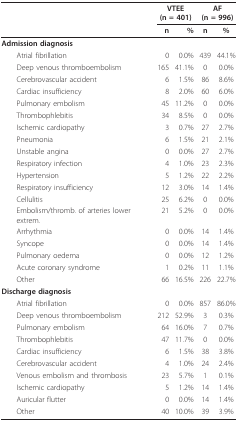
|  | <COLSPAN=2> VTEE (n = 401) | <COLSPAN=2> AF (n = 996) |
 |  | n | % | n | % |
 | --- | --- | --- | --- | --- |
 | Admission diagnosis |  |  |  |  |
 | Atrial fibrillation | 0 | 0.0% | 439 | 44.1% |
 | Deep venous thromboembolism | 165 | 41.1% | 0 | 0.0% |
 | Cerebrovascular accident | 6 | 1.5% | 86 | 8.6% |
 | Cardiac insufficiency | 8 | 2.0% | 60 | 6.0% |
 | Pulmonary embolism | 45 | 11.2% | 0 | 0.0% |
 | Thrombophlebitis | 34 | 8.5% | 0 | 0.0% |
 | Ischemic cardiopathy | 3 | 0.7% | 27 | 2.7% |
 | Pneumonia | 6 | 1.5% | 21 | 2.1% |
 | Unstable angina | 0 | 0.0% | 27 | 2.7% |
 | Respiratory infection | 4 | 1.0% | 23 | 2.3% |
 | Hypertension | 5 | 1.2% | 22 | 2.2% |
 | Respiratory insufficiency | 12 | 3.0% | 14 | 1.4% |
 | Cellulitis | 25 | 6.2% | 0 | 0.0% |
 | Embolism/thromb. of arteries lower extrem. | 21 | 5.2% | 0 | 0.0% |
 | Arrhythmia | 0 | 0.0% | 14 | 1.4% |
 | Syncope | 0 | 0.0% | 14 | 1.4% |
 | Pulmonary oedema | 0 | 0.0% | 12 | 1.2% |
 | Acute coronary syndrome | 1 | 0.2% | 11 | 1.1% |
 | Other | 66 | 16.5% | 226 | 22.7% |
 | Discharge diagnosis |  |  |  |  |
 | Atrial fibrillation | 0 | 0.0% | 857 | 86.0% |
 | Deep venous thromboembolism | 212 | 52.9% | 3 | 0.3% |
 | Pulmonary embolism | 64 | 16.0% | 7 | 0.7% |
 | Thrombophlebitis | 47 | 11.7% | 0 | 0.0% |
 | Cardiac insufficiency | 6 | 1.5% | 38 | 3.8% |
 | Cerebrovascular accident | 4 | 1.0% | 24 | 2.4% |
 | Venous embolism and thrombosis | 23 | 5.7% | 1 | 0.1% |
 | Ischemic cardiopathy | 5 | 1.2% | 14 | 1.4% |
 | Auricular flutter | 0 | 0.0% | 14 | 1.4% |
 | Other | 40 | 10.0% | 39 | 3.9% |